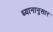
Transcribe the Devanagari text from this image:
ध्यानानुसार